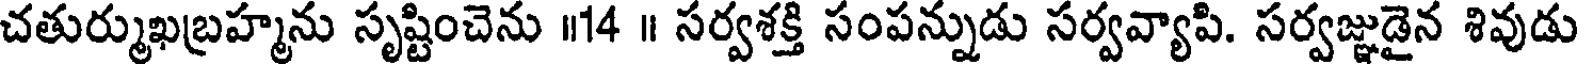
చతుర్ముఖబ్రహ్మను సృష్టించెను ॥14 ॥ సర్వశక్తి సంపన్నుడు సర్వవ్యాపి. సర్వజ్ఞుడైన శివుడు